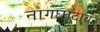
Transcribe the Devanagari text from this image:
नागघाटावर